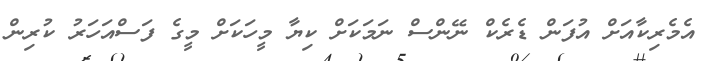
އެމެރިކާއަށް އުފަން ޑެރެކް ނޭންސް ނަމަކަށް ކިޔާ މީހަކަށް މީގެ ފަސްއަހަރު ކުރިން